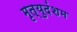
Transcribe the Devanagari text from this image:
मृत्युदंशम